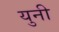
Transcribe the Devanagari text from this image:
युनी